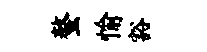
螯愉豁